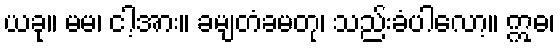
ယခု။ မမ၊ ငါ့အား။ ခမျတံခမတု၊ သည်းခံပါလော့။ ဣဓ၊